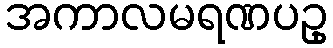
အကာလမရဏပဥှ